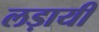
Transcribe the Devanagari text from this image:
लड़ायी